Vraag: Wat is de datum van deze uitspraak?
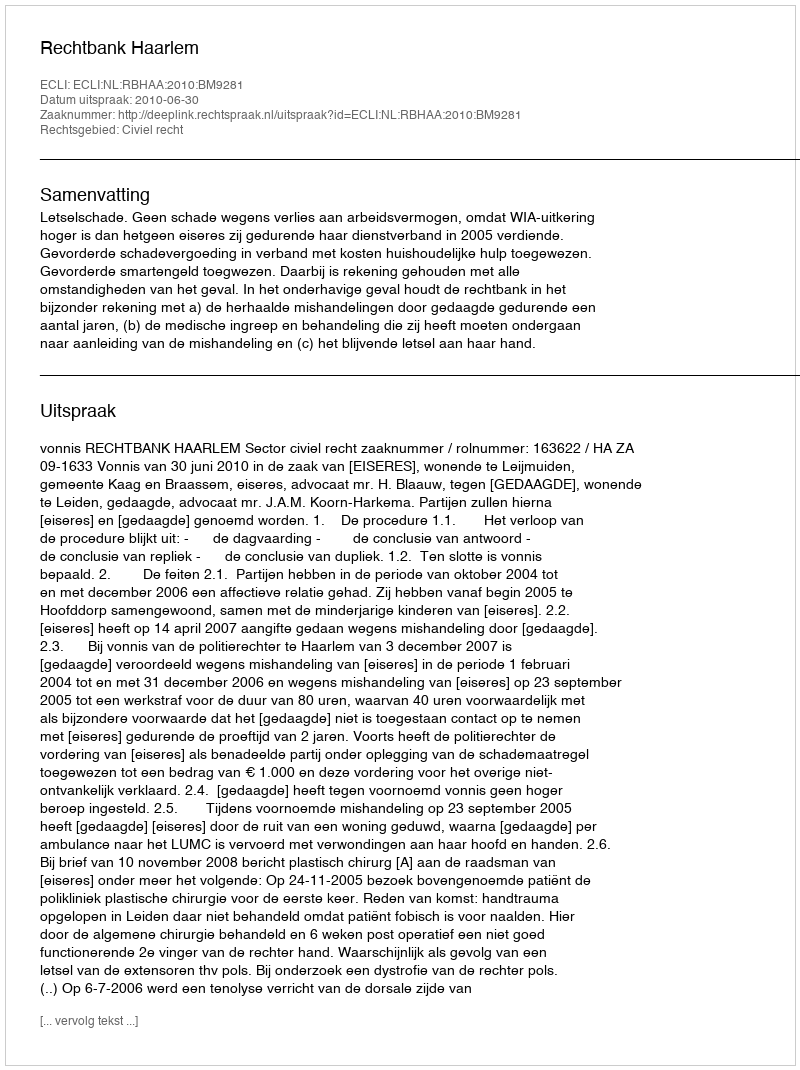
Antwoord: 2010-06-30